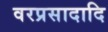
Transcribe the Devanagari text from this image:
वरप्रसादादि